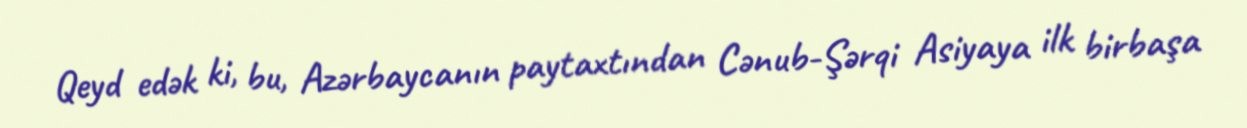
Qeyd edək ki, bu, Azərbaycanın paytaxtından Cənub-Şərqi Asiyaya ilk birbaşa